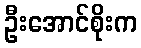
ဦးအောင်စိုးက